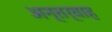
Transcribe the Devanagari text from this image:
अन्‍तर्वाह